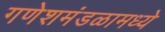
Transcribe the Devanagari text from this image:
गणेशमंडळामध्ये